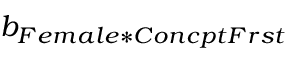
b _ { F e m a l e * C o n c p t F r s t }